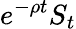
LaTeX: e^{-\rho t}S_{t}